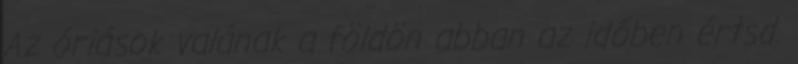
Az óriások valának a földön abban az időben értsd.